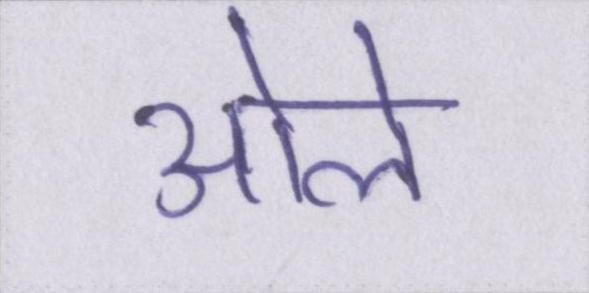
ओले